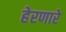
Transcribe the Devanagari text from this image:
हेरणारे